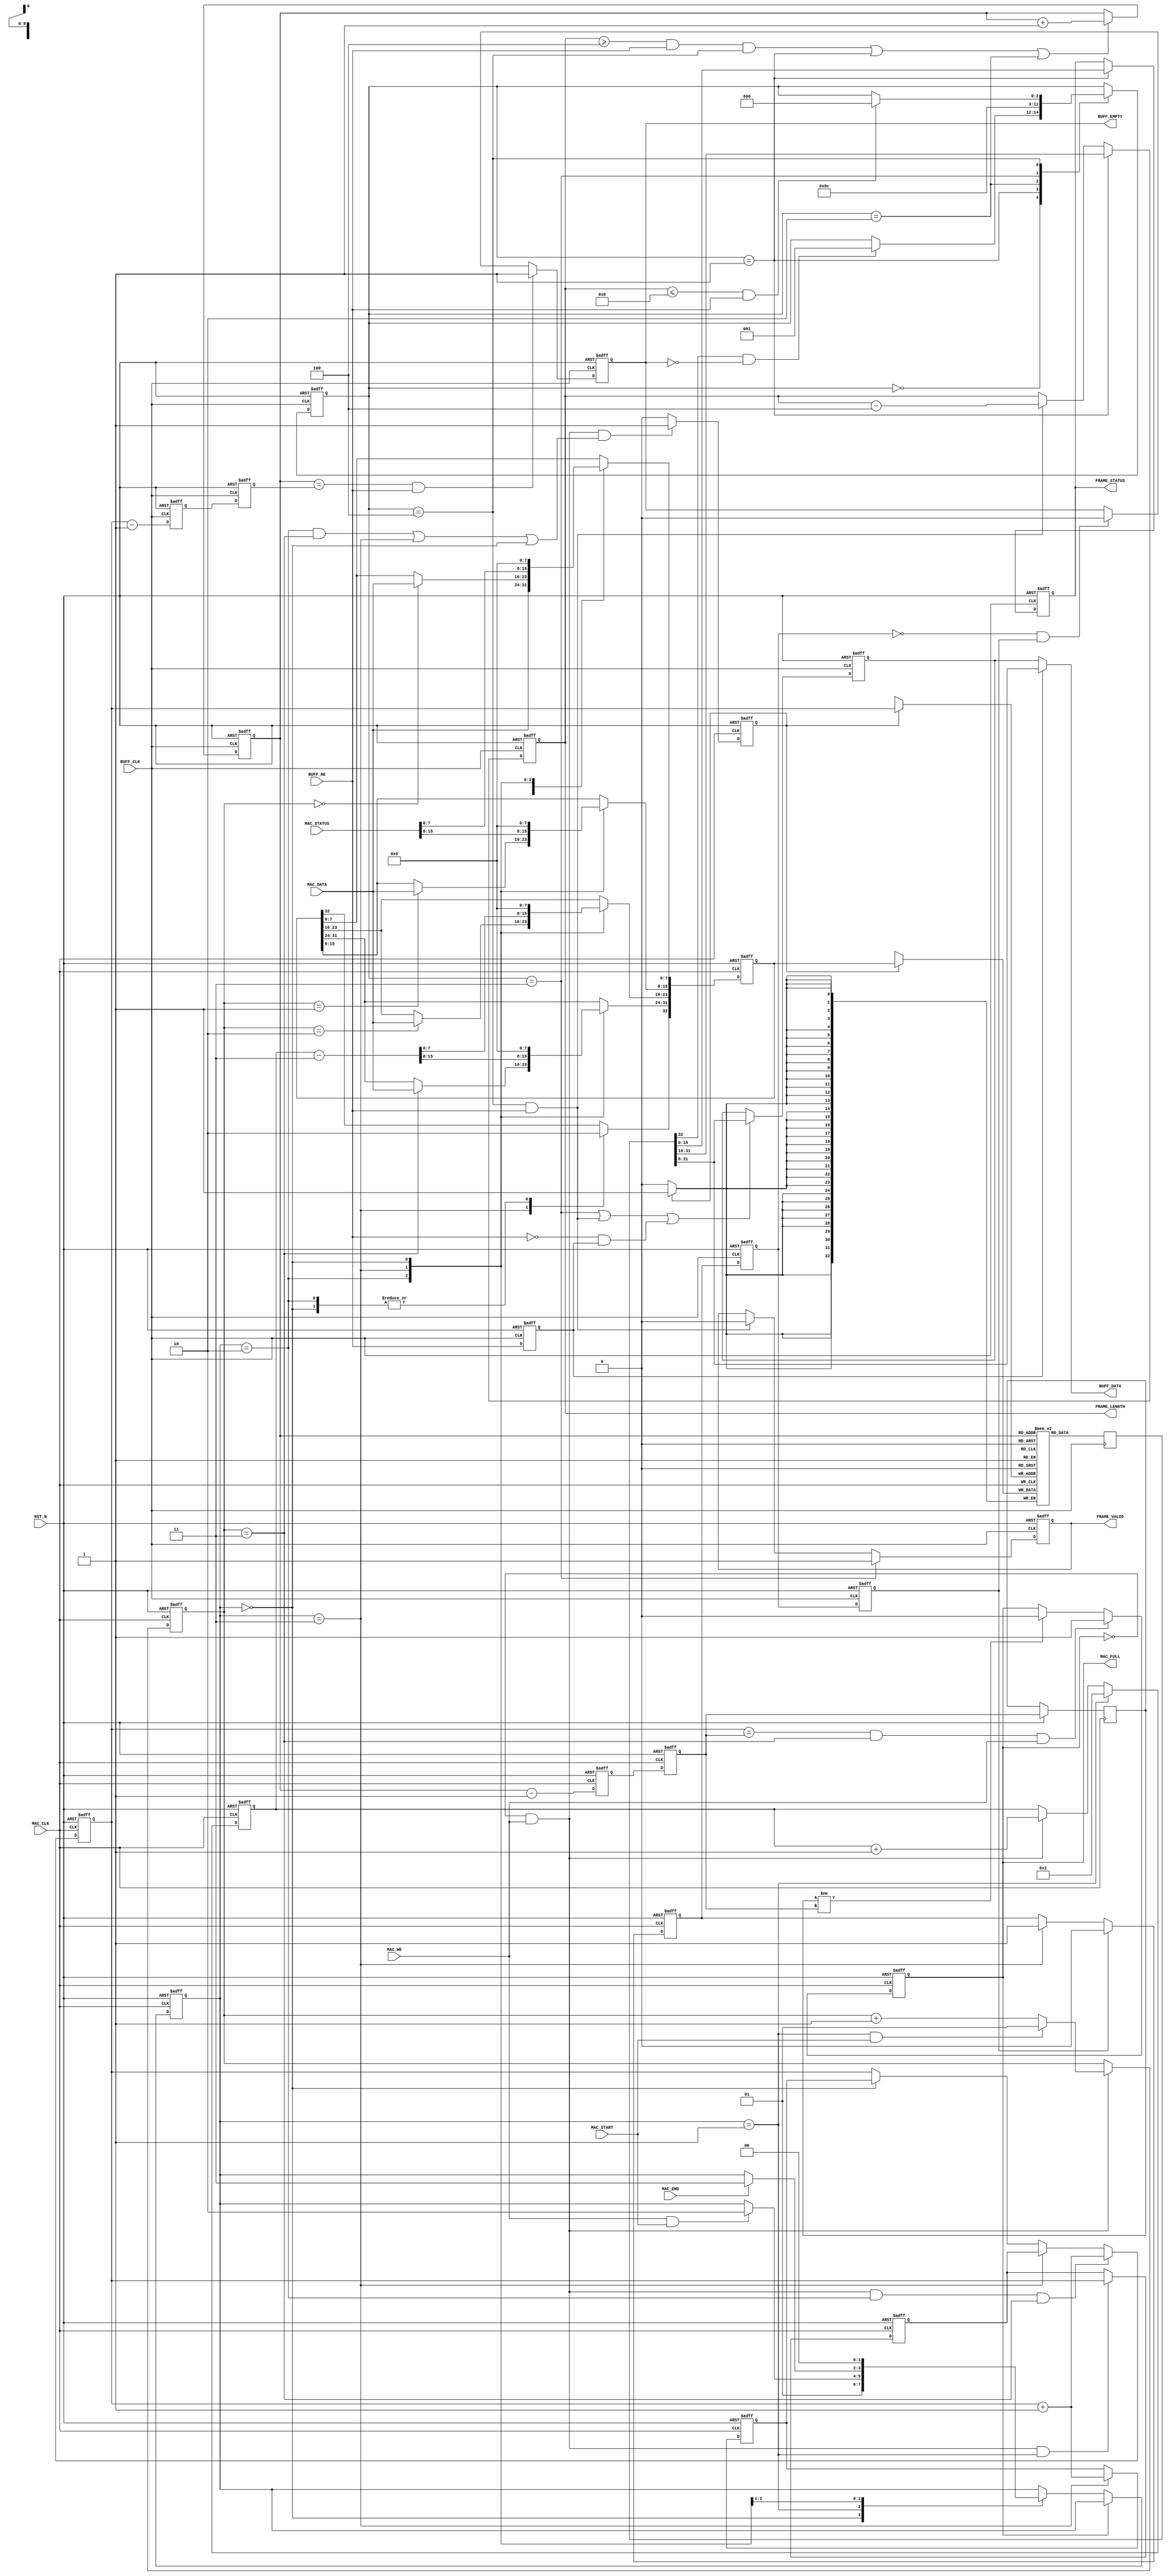
/*
* PROJECT: AQUAXIS Giga Ethernet MAC
* ----------------------------------------------------------------------
*
* Gigabit MAC for Receive
* Copyright (C) 2007-2013 H.Ishihara, http://www.aquaxis.com/
*
* Permission is hereby granted, free of charge, to any person obtaining
* a copy of this software and associated documentation files (the
* "Software"), to deal in the Software without restriction, including
* without limitation the rights to use, copy, modify, merge, publish,
* distribute, sublicense, and/or sell copies of the Software, and to
* permit persons to whom the Software is furnished to do so, subject to
* the following conditions:
*
* The above copyright notice and this permission notice shall be
* included in all copies or substantial portions of the Software.
*
* THE SOFTWARE IS PROVIDED "AS IS", WITHOUT WARRANTY OF ANY KIND,
* EXPRESS OR IMPLIED, INCLUDING BUT NOT LIMITED TO THE WARRANTIES OF
* MERCHANTABILITY, FITNESS FOR A PARTICULAR PURPOSE AND
* NONINFRINGEMENT. IN NO EVENT SHALL THE AUTHORS OR COPYRIGHT HOLDERS BE
* LIABLE FOR ANY CLAIM, DAMAGES OR OTHER LIABILITY, WHETHER IN AN ACTION
* OF CONTRACT, TORT OR OTHERWISE, ARISING FROM, OUT OF OR IN CONNECTION
* WITH THE SOFTWARE OR THE USE OR OTHER DEALINGS IN THE SOFTWARE.
*
* For further information please contact.
*   http://www.aquaxis.com/
*   info(at)aquaxis.com or hidemi(at)sweetcafe.jp
*
* 2007/01/06 H.Ishihara	Create
* 2007/08/22 H.Ishihara	Modify Full & Empty
* 2011/04/24 H.Ishihara	rename
*/
module aq_gemac_rx_buff(
	input			RST_N,

	//
	input			MAC_CLK,
	input			MAC_WE,
	input			MAC_START,
	input			MAC_END,
	input [15:0]	MAC_STATUS,
	input [7:0]		MAC_DATA,
	output			MAC_FULL,

	//
	input			BUFF_CLK,
	input			BUFF_RE,
	output			BUFF_EMPTY,
	output [31:0]	BUFF_DATA,

	//
	output			FRAME_VALID,
	output [15:0]	FRAME_LENGTH,
	output [15:0]	FRAME_STATUS
);
	parameter EMAC_RX_DEPTH = 10;

	reg [32:0]	Memory	[0:2**EMAC_RX_DEPTH-1];

	reg [1:0]	WriteState;

	parameter S_INIT	= 2'd0;
	parameter S_IDLE	= 2'd1;
	parameter S_DATA	= 2'd2;
	parameter S_END		= 2'd3;

	reg [1:0]	WriteCount;
	reg [EMAC_RX_DEPTH-1:0]		WriteAddress, WriteStartAddress, WriteNextAddress;
	reg [32:0]	WriteData;
	reg			WriteEnable;
	reg [15:0]	WriteLength;
	reg [EMAC_RX_DEPTH-1:0]		WriteRdAdrsDl;
	reg [EMAC_RX_DEPTH-1:0]		WriteRdAdrs, WriteRdAdrsNew;
	reg			WriteFull;

	reg [2:0]	ReadState;

	parameter RS_IDLE  = 3'd0;
	parameter RS_INIT1 = 3'd1;
	parameter RS_INIT2 = 3'd2;
	parameter RS_INIT3 = 3'd3;
	parameter RS_DATA  = 3'd4;

	reg [32:0]	ReadData;
	reg			ReadValid;
	reg [15:0]	ReadLength;
	reg [15:0]	ReadStatus;
	reg [EMAC_RX_DEPTH-1:0]	 ReadAddress;
	reg [EMAC_RX_DEPTH-1:0]	 ReadWrAdrsDl;
	reg [EMAC_RX_DEPTH-1:0]	 ReadWrAdrs;
	reg [EMAC_RX_DEPTH-1:0]	 ReadWrAdrsNew;
	reg			ReadEmpty;
	reg [31:0]	OutData;
	reg			ReadDelay;
	reg			WriteEnableReq;
	reg			ReadWrEnableDl, ReadWrEnable;

	// Write side control
	always @(posedge MAC_CLK or negedge RST_N) begin
		if(!RST_N) begin
			WriteState <= S_INIT;
		end else begin
			if(!WriteFull) begin
				case(WriteState)
					S_INIT: begin
						WriteState <= S_IDLE;
					end
					S_IDLE: begin
						if(MAC_WE && MAC_START) begin
							WriteState <= S_DATA;
						end
					end
					S_DATA: begin
						if(MAC_END) begin
							WriteState <= S_END;
						end
					end
					S_END: begin
						WriteState <= S_INIT;
					end
				endcase
			end
		end
	end

	always @(posedge MAC_CLK or negedge RST_N) begin
		if(!RST_N) begin
			WriteCount			<= 2'd0;
			WriteAddress		<= 0;
			WriteStartAddress	<= 0;
			WriteNextAddress	<= 0;
			WriteData			<= 32'd0;
			WriteEnable			<= 1'b0;
			WriteLength			<= 16'd0;
			WriteRdAdrsDl		<= 0;
			WriteRdAdrs			<= 0;
			WriteFull			<= 1'b0;
			WriteEnableReq		<= 1'b0;
		end else begin
			if(!WriteFull && MAC_WE) begin
				if(WriteState == S_END)				 WriteCount <= 2'd0;
				if(WriteState == S_IDLE && MAC_START)   WriteCount <= 2'd1;
				else									WriteCount <= WriteCount + 2'd1;
			end

			if(!WriteFull && MAC_WE && WriteState == S_IDLE) begin
				WriteStartAddress <= WriteAddress;
			end

			case(WriteState)
				S_IDLE: begin
					WriteData[ 7: 0] <= MAC_DATA;
				end
				S_DATA: begin
					case(WriteCount)
						2'd0: WriteData[ 7: 0] <= MAC_DATA;
						2'd1: WriteData[15: 8] <= MAC_DATA;
						2'd2: WriteData[23:16] <= MAC_DATA;
						2'd3: WriteData[31:24] <= MAC_DATA;
					endcase
					WriteData[32] <= 1'b0;
				end
				S_END: begin
					WriteData[15: 0] <= MAC_STATUS;
					WriteData[31:16] <= WriteLength - 16'd3;
					WriteData[32] <= 1'b1;
				end
				S_INIT: begin
					WriteData <= 33'd0;
				end
			endcase

			if(!WriteFull && MAC_WE && ((WriteState == S_DATA && WriteCount == 2'd3) || (WriteState == S_END) || WriteState == S_INIT))		WriteEnable <= 1'b1;
			else																													WriteEnable <= 1'b0;

			if(!WriteFull && MAC_WE && WriteState == S_DATA && WriteCount == 2'd3)  WriteAddress <= WriteAddress + 1;
			else if(WriteState == S_END)											WriteAddress <= WriteStartAddress;
			else if(WriteState == S_INIT)										   WriteAddress <= WriteNextAddress;

			if(WriteState == S_END)	WriteNextAddress <= WriteAddress +1;

			// Length Counter
			if(WriteState == S_IDLE)		WriteLength <= 16'd1;
			else if(!WriteFull && MAC_WE)   WriteLength <= WriteLength + 16'd1;

			WriteRdAdrsDl   <= ReadAddress -1;
			WriteRdAdrs	 <= WriteRdAdrsDl;
			WriteRdAdrsNew  <= WriteRdAdrs;
			if(WriteAddress == WriteRdAdrs && WriteCount == 2'd3 && MAC_WE) WriteFull <= 1'b1;
			else if(WriteRdAdrsNew != WriteRdAdrs)						  WriteFull <= 1'b0;

			if(ReadWrEnable)				WriteEnableReq <= 1'b0;
			else if(WriteState == S_END)	WriteEnableReq <= 1'b1;
		end
	end

	assign MAC_FULL = WriteFull;

	// Memory
	always @(posedge MAC_CLK) begin
		if(WriteEnable) Memory[WriteAddress] <= WriteData;
	end

	always @(posedge BUFF_CLK) begin
		ReadData <= Memory[ReadAddress];
	end

	always @(posedge BUFF_CLK or negedge RST_N) begin
		if(!RST_N) begin
			ReadState <= RS_IDLE;
		end else begin
			case(ReadState)
				RS_IDLE: begin
					if(ReadData[32] & !ReadEmpty) ReadState <= RS_INIT1;
				end
				RS_INIT1: begin
					ReadState <= RS_INIT2;
				end
				RS_INIT2: begin
					ReadState <= RS_INIT3;
				end
				RS_INIT3: begin
					ReadState <= RS_DATA;
				end
				RS_DATA: begin
					if(ReadLength <= 8 && BUFF_RE) ReadState <= RS_IDLE;
				end
			endcase
		end
	end

	// Read side control
	always @(posedge BUFF_CLK or negedge RST_N) begin
		if(!RST_N) begin
			ReadValid		<= 1'b0;
			ReadLength		<= 16'd0;
			ReadStatus		<= 16'd0;
			ReadAddress		<= 0;
			ReadWrAdrsDl	<= 0;
			ReadWrAdrs		<= 0;
			ReadWrAdrsNew	<= 0;
			ReadEmpty		<= 1'b1;
			ReadDelay		<= 1'b0;
			OutData			<= 32'd0;
			ReadWrEnableDl	<= 1'b0;
			ReadWrEnable	<= 1'b0;
		end else begin
			if(ReadState == RS_INIT3) begin
				ReadValid	<= 1'b1;
			end else if(ReadState == RS_DATA && BUFF_RE) begin
				ReadValid	<= 1'b0;
			end
			if(ReadState == RS_INIT1) begin
				ReadLength	<= ReadData[31:16];
				ReadStatus	<= ReadData[15: 0];
			end else if(ReadState == RS_DATA && BUFF_RE) begin
				ReadLength	<= ReadLength -4;
			end

			if((ReadLength >= 4 && BUFF_RE && ReadState == RS_DATA) || ReadState == RS_INIT1 || ReadState == RS_INIT2)		ReadAddress <= ReadAddress + 1;

			if(ReadState == RS_INIT3 || (BUFF_RE && ReadState == RS_DATA) || (!BUFF_RE && ReadDelay))	OutData <= ReadData[31:0];
			ReadDelay		<= BUFF_RE;

			ReadWrEnableDl	<= WriteEnableReq;
			ReadWrEnable	<= ReadWrEnableDl;

			ReadWrAdrsDl	<= WriteAddress -1;
			ReadWrAdrs		<= ReadWrAdrsDl;
			ReadWrAdrsNew	<= ReadWrAdrs;
			if(ReadAddress == ReadWrAdrs && BUFF_RE)	ReadEmpty <= 1'b1;
//			else if(ReadWrAdrs != ReadWrAdrsNew)		ReadEmpty <= 1'b0;
			else if(!ReadWrEnableDl && ReadWrEnable)	ReadEmpty <= 1'b0;
		end
	end

	assign FRAME_VALID	= ReadValid;
	assign FRAME_LENGTH	= ReadLength;
	assign FRAME_STATUS	= ReadStatus;

	assign BUFF_EMPTY	= ReadEmpty;
	assign BUFF_DATA	= (ReadDelay)?ReadData[31:0]:OutData;

endmodule